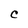
Character: C